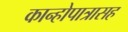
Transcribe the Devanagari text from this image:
कान्होपात्रासह